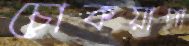
চোকয়াপা